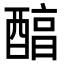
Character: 醕